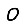
Digit: 0